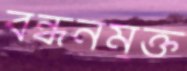
বন্ধনমুক্ত